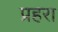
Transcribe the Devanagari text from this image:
प्रहरा